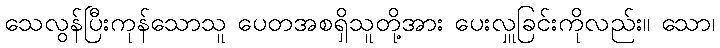
သေလွန်ပြီးကုန်သောသူ ပေတအစရှိသူတို့အား ပေးလှူခြင်းကိုလည်း။ သော၊